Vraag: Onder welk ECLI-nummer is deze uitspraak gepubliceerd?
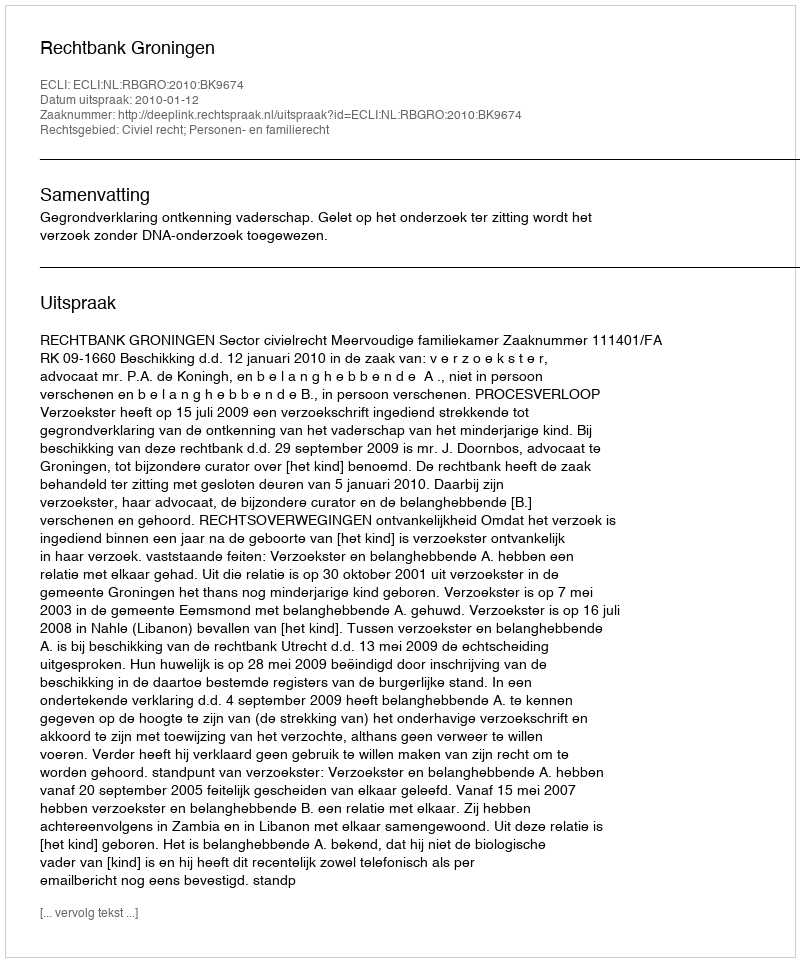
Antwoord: ECLI:NL:RBGRO:2010:BK9674